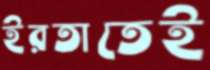
ইরতাতেই